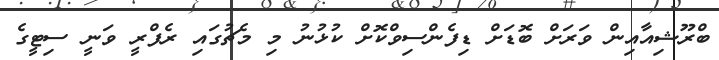
ބްރޫޝިއާއިން ވަރަށް ބޮޑަށް ޑިފެންސިވްކޮށް ކުޅުނު މި މެޗުގައި ރެފްރީ ވަނީ ސިޓީގެ